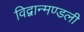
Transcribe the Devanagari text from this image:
विद्वान्मण्डली